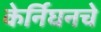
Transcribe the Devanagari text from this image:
केर्निघनचे